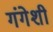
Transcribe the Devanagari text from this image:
गंगेशी